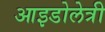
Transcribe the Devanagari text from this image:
आइडोलेत्री